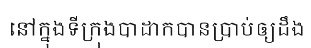
នៅក្នុងទីក្រុងបាដាកបានប្រាប់ឲ្យដឹង